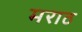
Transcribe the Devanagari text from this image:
मराठ